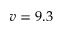
v = 9 . 3